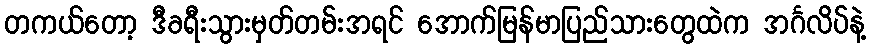
တကယ်တော့ ဒီခရီးသွားမှတ်တမ်းအရင် အောက်မြန်မာပြည်သားတွေထဲက အင်္ဂလိပ်နဲ့